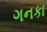
ગનકા